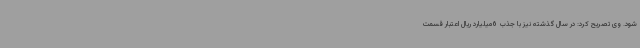
شود. وی تصریح کرد: در سال گذشته نیز با جذب 6میلیارد ریال اعتبار قسمت